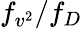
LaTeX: f_{v^{2}}/f_{D}